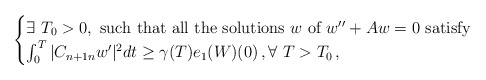
\begin{align*}\begin{cases}\exists \ T_{0}>0,\mbox{ such that all the solutions } w \mbox{ of }w'' + A w = 0 \mbox{ satisfy} \\\int_0^T |C_{n+1 n}w^{\prime}|^2 dt \geq \gamma(T)e_1(W)(0)\,, \forall \ T>T_{0} \,,\end{cases}\end{align*}